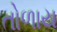
તોળાય